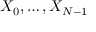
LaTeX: X _ { 0 } , \ldots , X _ { N - 1 }